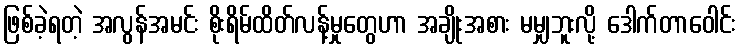
ဖြစ်ခဲ့ရတဲ့ အလွန်အမင်း စိုးရိမ်ထိတ်လန့်မှုတွေဟာ အချိုးအစား မမျှဘူးလို့ ဒေါက်တာဝေါင်း